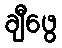
ချီဖွေ